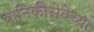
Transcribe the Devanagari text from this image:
वानिकीसेवेच्या